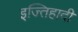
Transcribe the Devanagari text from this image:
इज्तिहादी